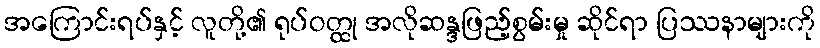
အကြောင်းရပ်နှင့် လူတို့၏ ရုပ်ဝတ္ထု အလိုဆန္ဒဖြည့်စွမ်းမှု ဆိုင်ရာ ပြဿနာများကို